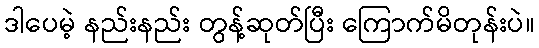
ဒါပေမဲ့ နည်းနည်း တွန့်ဆုတ်ပြီး ကြောက်မိတုန်းပဲ။